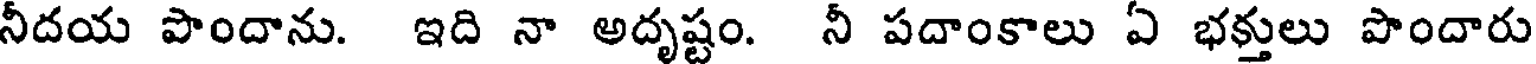
నీదయ పొందాను. ఇది నా అదృష్టం. నీ పదాంకాలు ఏ భక్తులు పొందారు